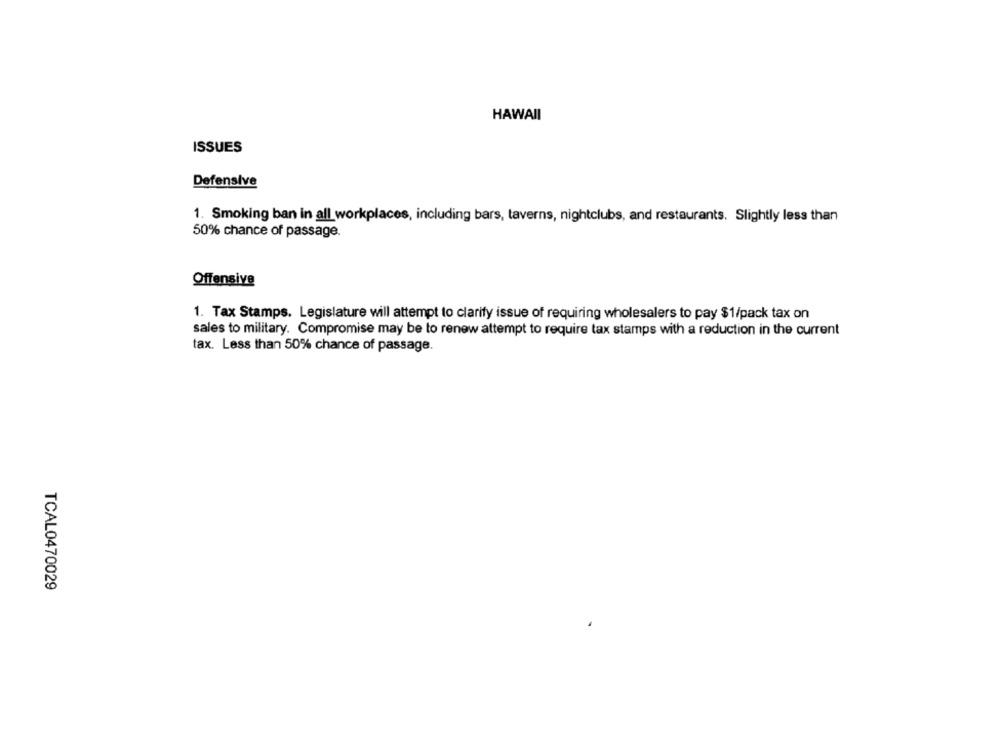
HAWAII
ISSUES
Defensive
1. Smoking ban in all workplaces, including bars, taverns, nightclubs, and restaurants. Slightly less than
50% chance of passage.
Offensive
1. Tax Stamps. Legislature will attempt to clarify issue of requiring wholesalers to pay $1/pack tax on
sales to military. Compromise may be to renew attempt to require tax stamps with a reduction in the current
tax. Less than 50% chance of passage.
TCAL0470029